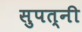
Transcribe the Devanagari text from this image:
सुपत्‍नी